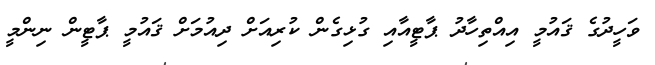
ވަހީދުގެ ޤައުމީ އިއްތިހާދު ޕާޓީއާއި ގުޅިގެން ކުރިއަށް ދިއުމަށް ޤައުމީ ޕާޓީން ނިންމީ